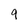
Character: 9